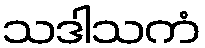
သဒါသကံ